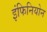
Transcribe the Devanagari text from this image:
इंफिनियोन